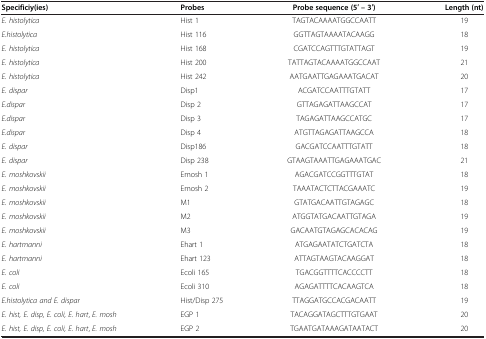
<table><thead><tr><td><b>Specificiy(ies)</b></td><td><b>Probes</b></td><td><b>Probe sequence (5′ – 3′)</b></td><td><b>Length (nt)</b></td></tr></thead><tbody><tr><td><i>E. histolytica</i></td><td>Hist 1</td><td>TAGTACAAAATGGCCAATT</td><td>19</td></tr><tr><td><i>E.histolytica</i></td><td>Hist 116</td><td>GGTTAGTAAAATACAAGG</td><td>18</td></tr><tr><td><i>E. histolytica</i></td><td>Hist 168</td><td>CGATCCAGTTTGTATTAGT</td><td>19</td></tr><tr><td><i>E. histolytica</i></td><td>Hist 200</td><td>TATTAGTACAAAATGGCCAAT</td><td>21</td></tr><tr><td><i>E. histolytica</i></td><td>Hist 242</td><td>AATGAATTGAGAAATGACAT</td><td>20</td></tr><tr><td><i>E. dispar</i></td><td>Disp1</td><td>ACGATCCAATTTGTATT</td><td>17</td></tr><tr><td><i>E.dispar</i></td><td>Disp 2</td><td>GTTAGAGATTAAGCCAT</td><td>17</td></tr><tr><td><i>E.dispar</i></td><td>Disp 3</td><td>TAGAGATTAAGCCATGC</td><td>17</td></tr><tr><td><i>E.dispar</i></td><td>Disp 4</td><td>ATGTTAGAGATTAAGCCA</td><td>18</td></tr><tr><td><i>E. dispar</i></td><td>Disp186</td><td>GACGATCCAATTTGTATT</td><td>18</td></tr><tr><td><i>E. dispar</i></td><td>Disp 238</td><td>GTAAGTAAATTGAGAAATGAC</td><td>21</td></tr><tr><td><i>E. moshkovskii</i></td><td>Emosh 1</td><td>AGACGATCCGGTTTGTAT</td><td>18</td></tr><tr><td><i>E. moshkovskii</i></td><td>Emosh 2</td><td>TAAATACTCTTACGAAATC</td><td>19</td></tr><tr><td><i>E. moshkovskii</i></td><td>M1</td><td>GTATGACAATTGTAGAGC</td><td>18</td></tr><tr><td><i>E. moshkovskii</i></td><td>M2</td><td>ATGGTATGACAATTGTAGA</td><td>19</td></tr><tr><td><i>E. moshkovskii</i></td><td>M3</td><td>GACAATGTAGAGCACACAG</td><td>19</td></tr><tr><td><i>E. hartmanni</i></td><td>Ehart 1</td><td>ATGAGAATATCTGATCTA</td><td>18</td></tr><tr><td><i>E. hartmanni</i></td><td>Ehart 123</td><td>ATTAGTAAGTACAAGGAT</td><td>18</td></tr><tr><td><i>E. coli</i></td><td>Ecoli 165</td><td>TGACGGTTTTCACCCCTT</td><td>18</td></tr><tr><td><i>E. coli</i></td><td>Ecoli 310</td><td>AGAGATTTTCACAAGTCA</td><td>18</td></tr><tr><td><i>E.histolytica and E. dispar</i></td><td>Hist/Disp 275</td><td>TTAGGATGCCACGACAATT</td><td>19</td></tr><tr><td><i>E. hist, E. disp, E. coli, E. hart</i>, <i>E. mosh</i></td><td>EGP 1</td><td>TACAGGATAGCTTTGTGAAT</td><td>20</td></tr><tr><td><i>E. hist, E. disp, E. coli, E. hart</i>, <i>E. mosh</i></td><td>EGP 2</td><td>TGAATGATAAAGATAATACT</td><td>20</td></tr></tbody></table>